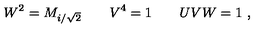
W ^ { 2 } = M _ { i / \sqrt 2 } \qquad V ^ { 4 } = 1 \qquad U V W = 1 \ ,